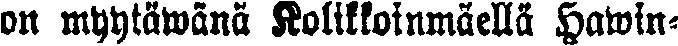
on myytäwänä Kolikkoinmäellä Hawin-